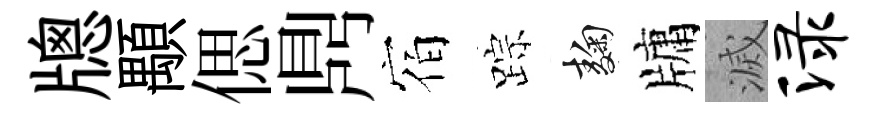
牕顒偲𪔂宿踪麹牗滅渌